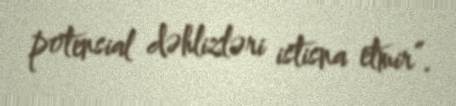
potensial dəhlizləri istisna etmir”.